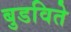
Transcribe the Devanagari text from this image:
बुडविते